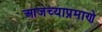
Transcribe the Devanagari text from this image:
आजच्याप्रमाणे